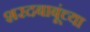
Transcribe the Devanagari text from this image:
शरदबाबूंच्या